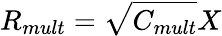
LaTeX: R_{mult}=\sqrt{C_{mult}}X